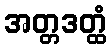
အတ္တဒတ္ထံ